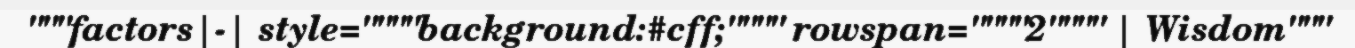
"""factors|-| style=""""background:#cff;"""" rowspan=""""2"""" | Wisdom"""